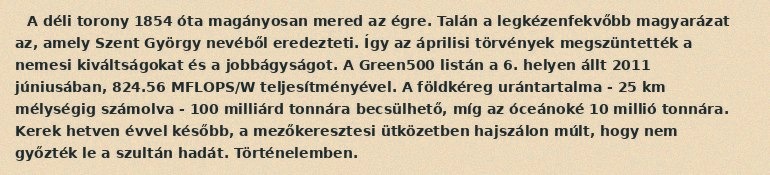
A déli torony 1854 óta magányosan mered az égre. Talán a legkézenfekvőbb magyarázat az, amely Szent György nevéből eredezteti. Így az áprilisi törvények megszüntették a nemesi kiváltságokat és a jobbágyságot. A Green500 listán a 6. helyen állt 2011 júniusában, 824.56 MFLOPS/W teljesítményével. A földkéreg urántartalma - 25 km mélységig számolva - 100 milliárd tonnára becsülhető, míg az óceánoké 10 millió tonnára. Kerek hetven évvel később, a mezőkeresztesi ütközetben hajszálon múlt, hogy nem győzték le a szultán hadát. Történelemben.